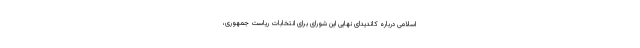
اسلامی درباره کاندیدای نهایی این شورای برای انتخابات ریاست جمهوری،